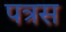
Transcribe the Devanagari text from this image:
पत्रस